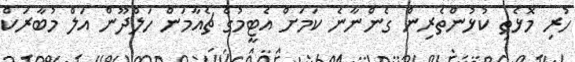
ހުރި މޮޅެތި ކުޅުންތެރިން ގެންނާނެ ކަމަށް އެޓީމުގެ ޗެއާމަން ހަލްދޫން އަލް މުބާރަކް